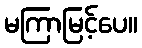
မကြာမြင့်ပေ။